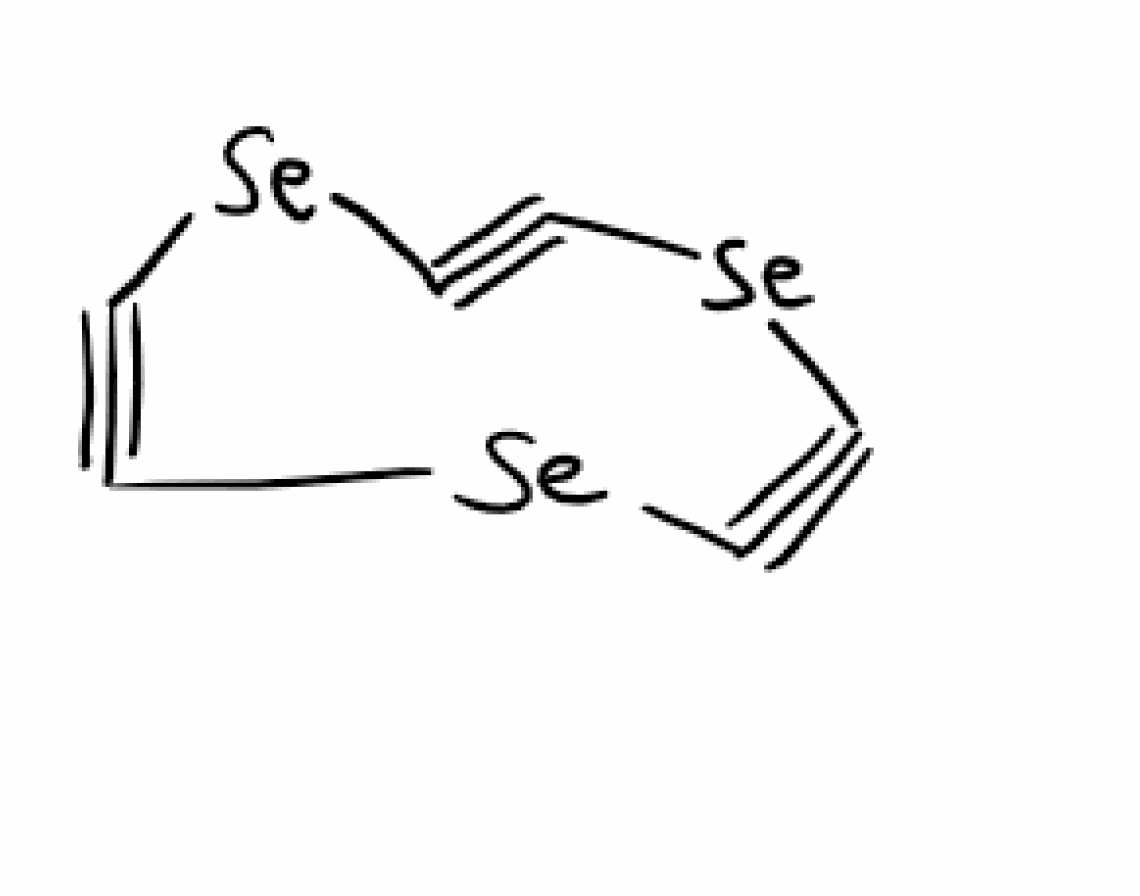
Simplified molecular-input line-entry system (SMILES) notation of the given molecule:
C1#C[Se]C#C[Se]C#C[Se]1